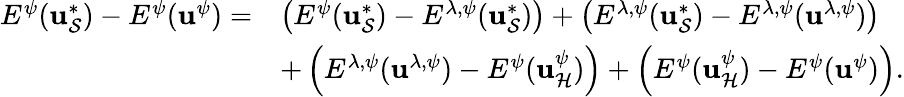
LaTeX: \begin{array}{rl}{E^{\psi}({\mathbf u}_{\mathcal{S}}^{*})-E^{\psi}({\mathbf u}^{\psi})=}&{\left(E^{\psi}({\mathbf u}_{\mathcal{S}}^{*})-E^{\lambda,\psi}({\mathbf u}_{\mathcal{S}}^{*})\right)+\left(E^{\lambda,\psi}({\mathbf u}_{\mathcal{S}}^{*})-E^{\lambda,\psi}({\mathbf u}^{\lambda,\psi})\right)}\\ &{+\left(E^{\lambda,\psi}({\mathbf u}^{\lambda,\psi})-E^{\psi}({\mathbf u}_{\mathcal{H}}^{\psi})\right)+\left(E^{\psi}({\mathbf u}_{\mathcal{H}}^{\psi})-E^{\psi}({\mathbf u}^{\psi})\right).}\end{array}